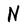
Character: N